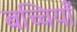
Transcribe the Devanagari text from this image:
बच्चियाँ